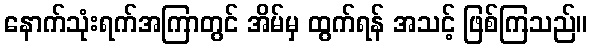
နောက်သုံးရက်အကြာတွင် အိမ်မှ ထွက်ရန် အသင့် ဖြစ်ကြသည်။